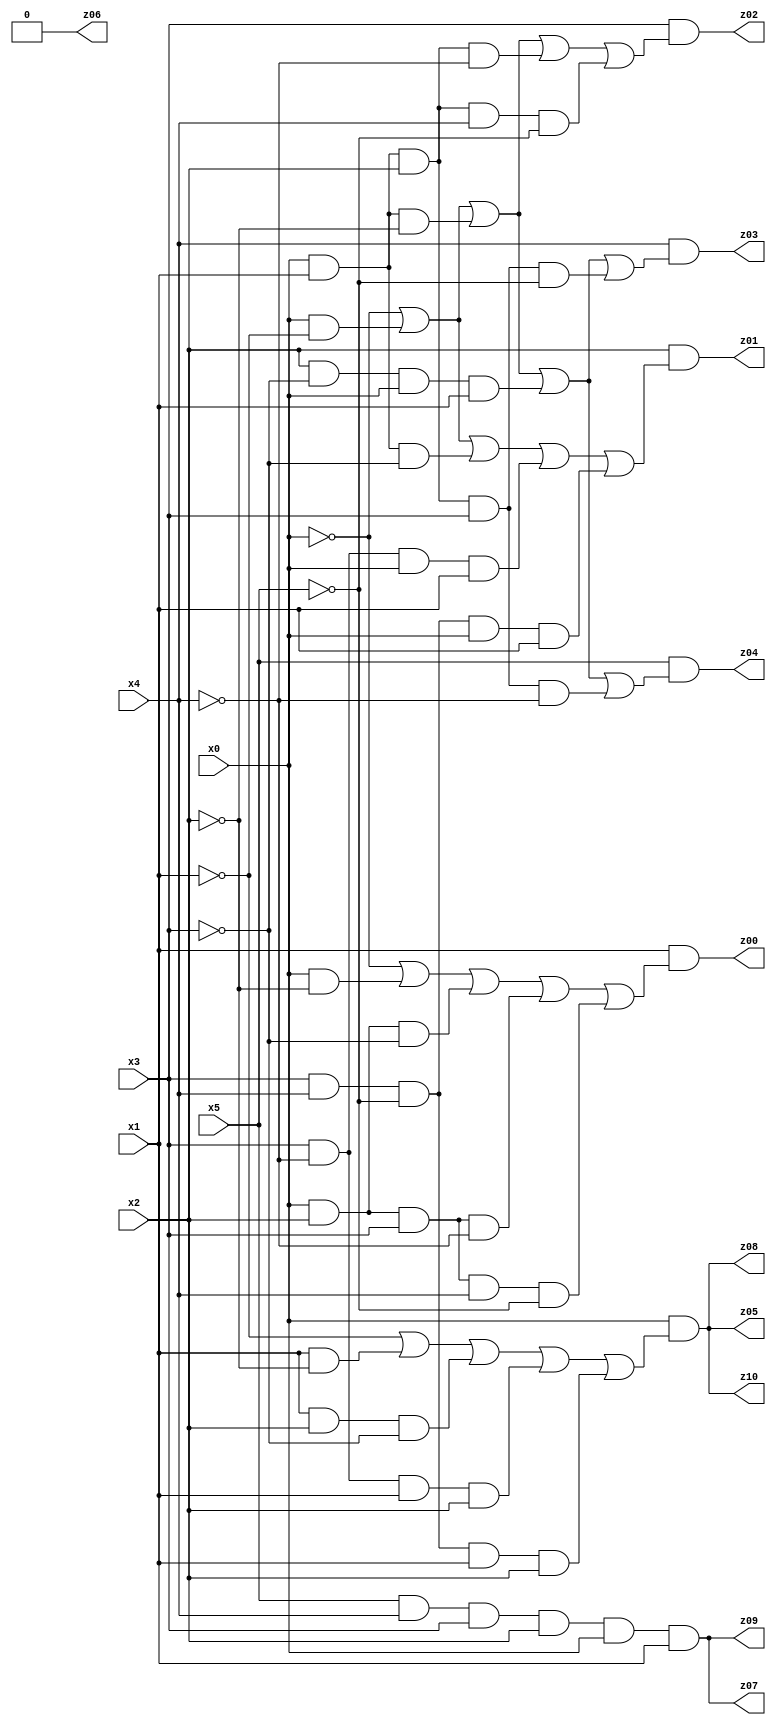
// Benchmark "X_6_64" written by ABC on Mon Jun 26 18:44:02 2023

module X_6_64 ( 
    x0, x1, x2, x3, x4, x5,
    z00, z01, z02, z03, z04, z05, z06, z07, z08, z09, z10  );
  input  x0, x1, x2, x3, x4, x5;
  output z00, z01, z02, z03, z04, z05, z06, z07, z08, z09, z10;
  assign z00 = x1 & (~x0 | (x0 & ~x2) | (x0 & x2 & ~x3) | (x0 & x2 & x3 & ~x4) | (x0 & x2 & x3 & x4 & ~x5));
  assign z01 = x2 & (~x0 | (x0 & ~x1) | (x0 & x1 & ~x3) | (x3 & ~x4 & x0 & x1) | (x3 & x4 & ~x5 & x0 & x1));
  assign z02 = x3 & (~x0 | (x0 & ~x1) | (x0 & x1 & ~x2) | (x0 & x1 & x2 & ~x4) | (x0 & x1 & x2 & x4 & ~x5));
  assign z03 = x4 & (~x0 | (x0 & ~x1) | (x0 & x1 & ~x2) | (x2 & ~x3 & x0 & x1) | (x0 & x1 & x2 & x3 & ~x5));
  assign z04 = x5 & (~x0 | (x0 & ~x1) | (x0 & x1 & ~x2) | (x2 & ~x3 & x0 & x1) | (x0 & x1 & x2 & x3 & ~x4));
  assign z05 = x0 & (~x1 | (x1 & ~x2) | (x1 & x2 & ~x3) | (x3 & ~x4 & x1 & x2) | (x3 & x4 & ~x5 & x1 & x2));
  assign z06 = 1'b0;
  assign z07 = x5 & x4 & x3 & x2 & x0 & x1;
  assign z08 = x0 & (~x1 | (x1 & ~x2) | (x1 & x2 & ~x3) | (x3 & ~x4 & x1 & x2) | (x3 & x4 & ~x5 & x1 & x2));
  assign z09 = x5 & x4 & x3 & x2 & x0 & x1;
  assign z10 = x0 & (~x1 | (x1 & ~x2) | (x1 & x2 & ~x3) | (x3 & ~x4 & x1 & x2) | (x3 & x4 & ~x5 & x1 & x2));
endmodule